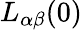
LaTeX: L_{\alpha\beta}(0)